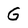
Character: G